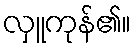
လှူကုန်၏။